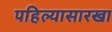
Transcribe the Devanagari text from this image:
पहिल्यासारखा